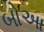
બોઆ